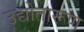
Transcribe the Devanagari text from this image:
उद्योतारूण